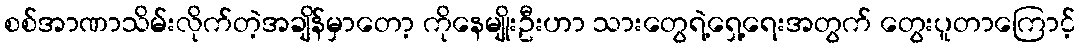
စစ်အာဏာသိမ်းလိုက်တဲ့အချိန်မှာတော့ ကိုနေမျိုးဦးဟာ သားတွေရဲ့ရှေ့ရေးအတွက် တွေးပူတာကြောင့်